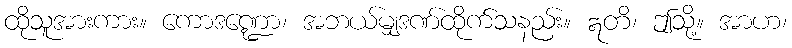
ထိုသူအားကား။ ကောဒဏ္ဍော၊ အဘယ်မျှဒဏ်ထိုက်သနည်း။ ဣတိ၊ ဤသို့။ အာဟ၊